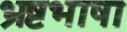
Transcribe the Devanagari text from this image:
भ्रष्टभाषा